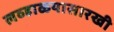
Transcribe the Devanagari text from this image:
लव्हाळयासारखी